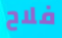
فلاح